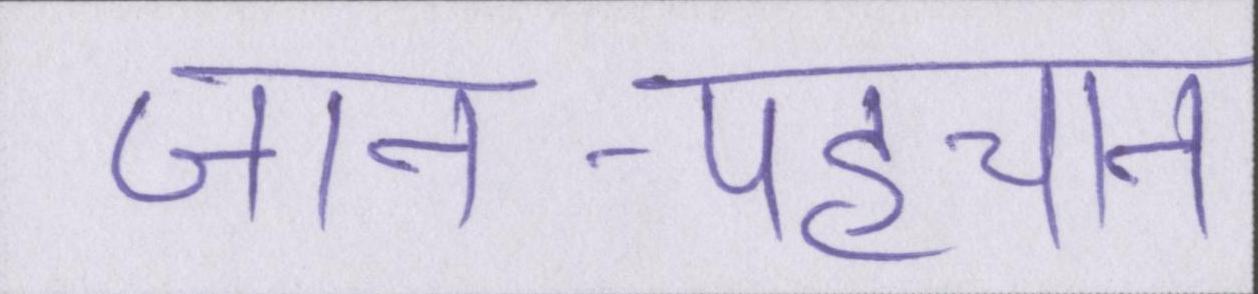
जान-पहचान